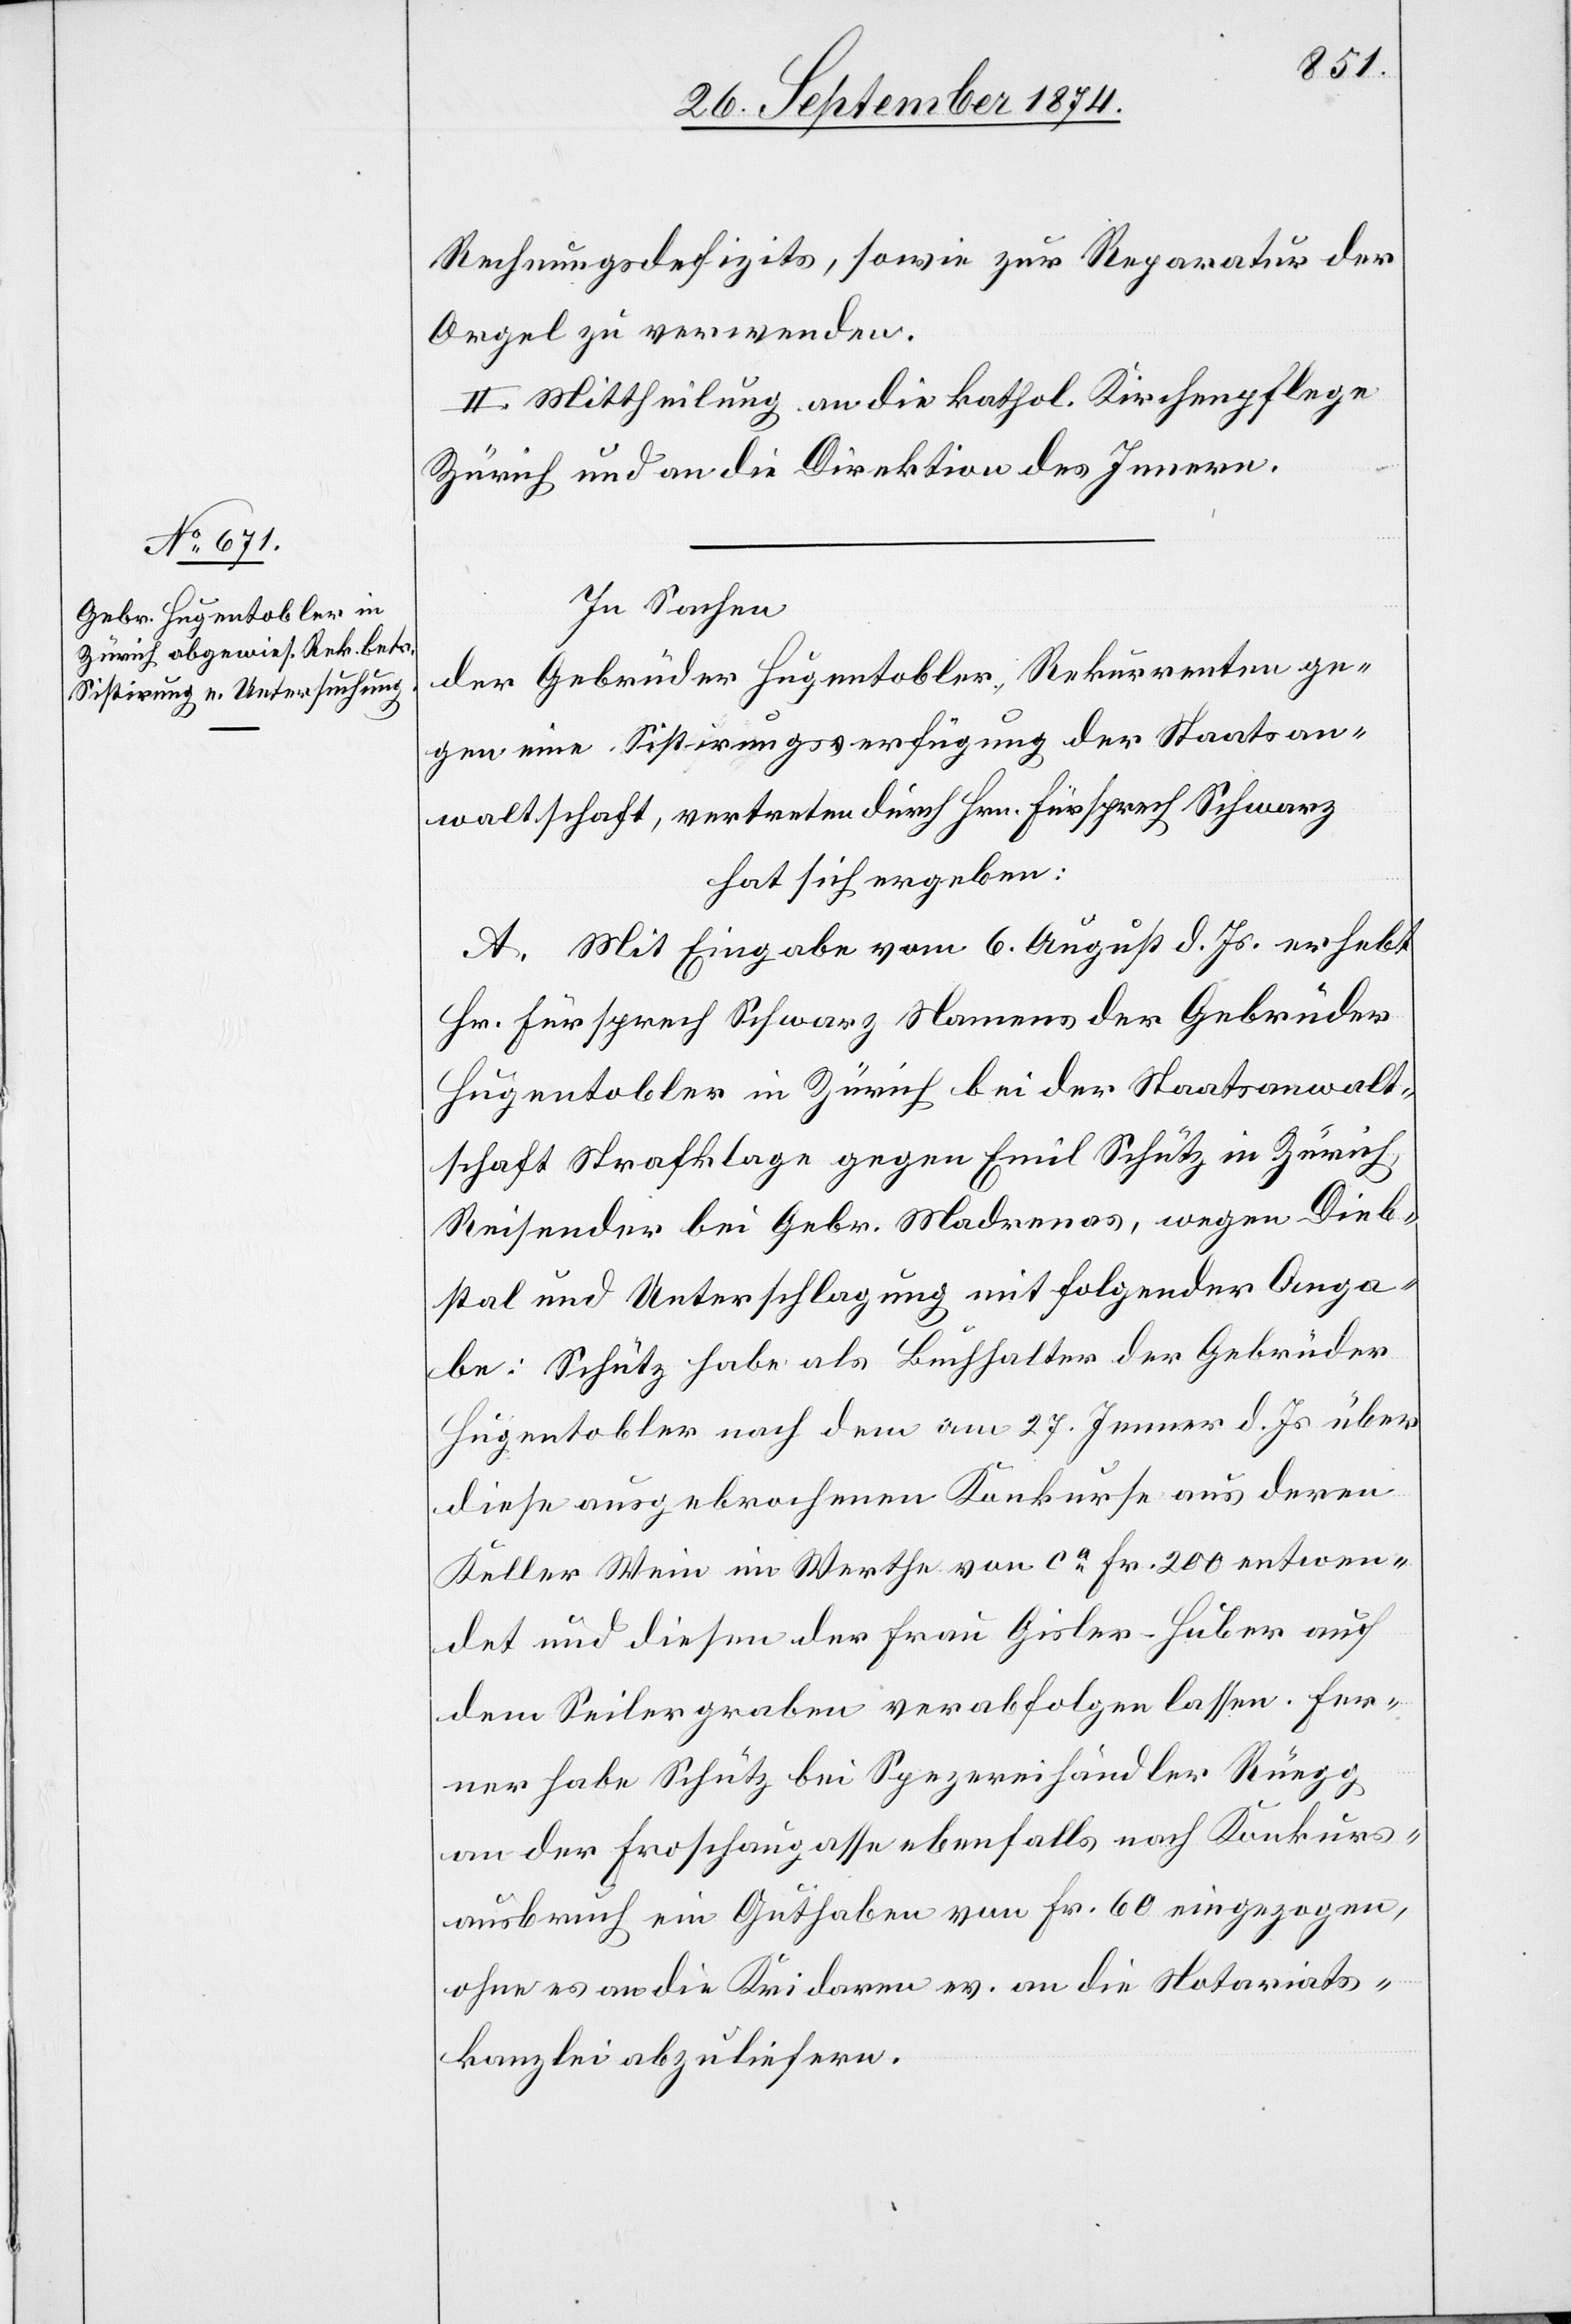
Rechnungsdefizits, sowie zur Reparatur der
Orgel zu verwenden.
II. Mittheilung an die kathol. Kirchenpflege
Zürich und an die Direktion des Innern.
In Sachen
der Gebrüder Hugentobler, Rekurrenten ge¬
gen eine Sistirungsverfügung der Staatsan¬
waltschaft, vertreten durch Hrn. Fürsprech Schwarz
hat sich ergeben:
A. Mit Eingabe vom 6. August d. Js. erhebt
Hr. Fürsprech Schwarz Namens der Gebrüder
Hugentobler in Zürich bei der Staatsanwalt¬
schaft Strafklage gegen Emil Schütz in Zürich,
Reisender bei Gebr. Madrenas, wegen Dieb¬
stal und Unterschlagung mit folgender Anga¬
be: Schütz habe als Buchhalter der Gebrüder
Hugentobler nach dem am 27. Jenner d. Js. über
diese ausgebrochenen Konkurse aus deren
Keller Wein im Werthe von ca Fr. 200 entwen¬
det und diesen der Frau Gisler-Huber auf
dem Seilergraben verabfolgen lassen. Fer¬
ner habe Schütz bei Spezereihändler Rüegg
an der Froschaugasse ebenfalls nach Konkurs¬
ausbruch ein Guthaben von Fr. 60 eingezogen,
ohne es an die Kridaren es an die Notariats¬
kanzlei abzuliefern.